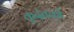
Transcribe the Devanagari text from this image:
कृदंतकों